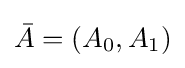
{\bar {A}}=(A_{0},A_{1})